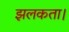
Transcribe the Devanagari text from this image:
झलकता।